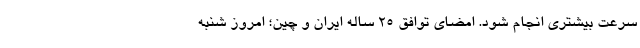
سرعت بیشتری انجام شود. امضای توافق ۲۵ ساله ایران و چین؛ امروز شنبه